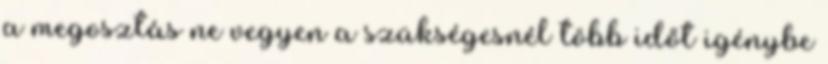
a megosztás ne vegyen a szükségesnél több időt igénybe